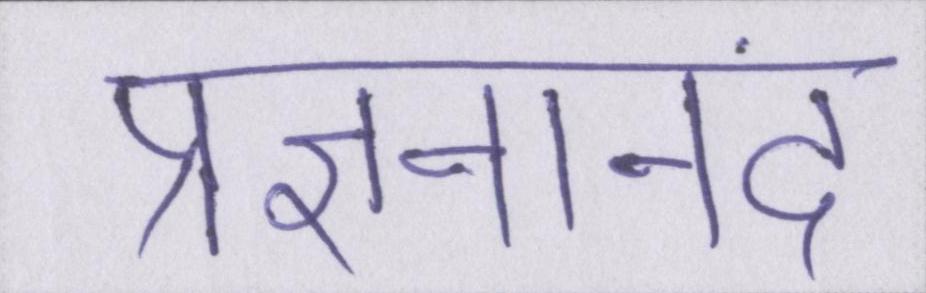
प्रज्ञनानंद